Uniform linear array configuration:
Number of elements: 64
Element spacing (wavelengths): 0.75
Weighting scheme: hann
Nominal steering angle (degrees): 15
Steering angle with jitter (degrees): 13.468
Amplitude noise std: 0.05
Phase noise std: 0.05

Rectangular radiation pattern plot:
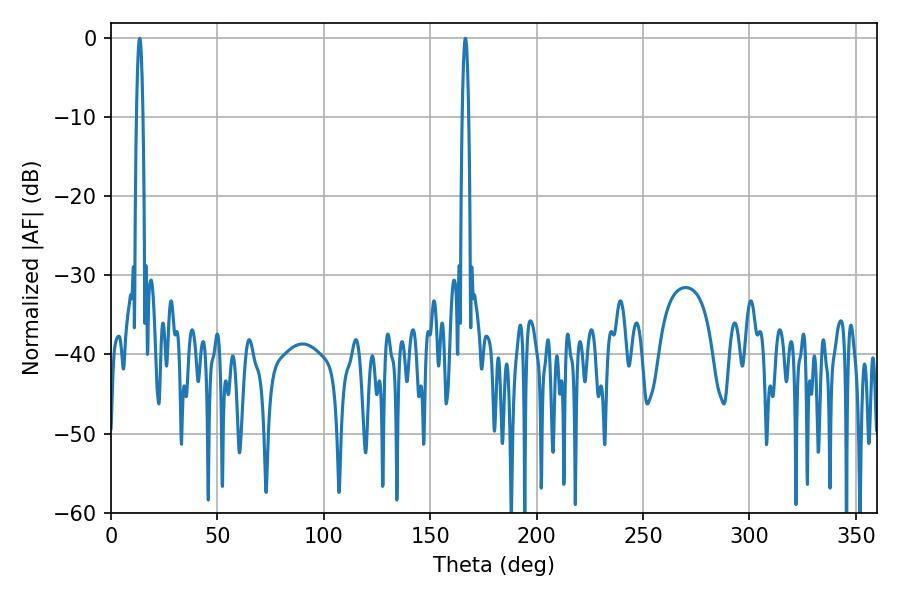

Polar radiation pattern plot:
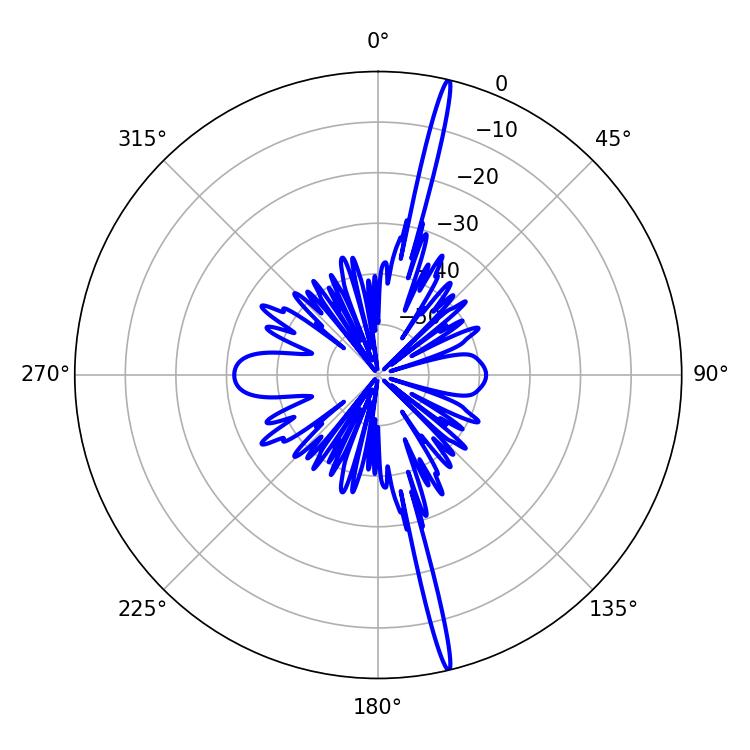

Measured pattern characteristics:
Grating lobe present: TRUE
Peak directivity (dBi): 21.281
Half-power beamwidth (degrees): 1.62
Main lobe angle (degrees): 13.5